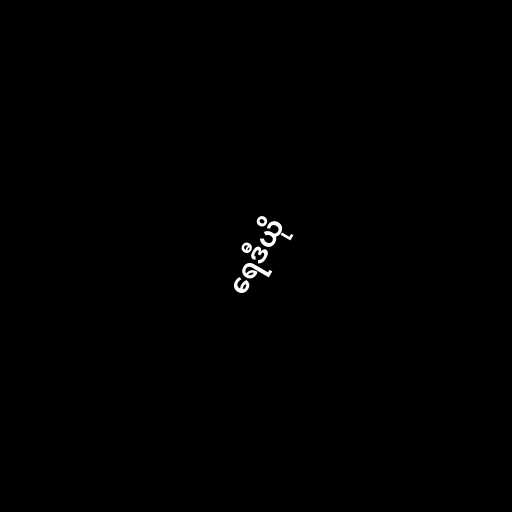
ရေဒီယို